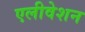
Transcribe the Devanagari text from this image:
एलीवेशन